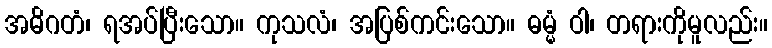
အဓိဂတံ၊ ရအပ်ပြီးသော။ ကုသလံ၊ အပြစ်ကင်းသော။ ဓမ္မံ ဝါ၊ တရားကိုမူလည်း။